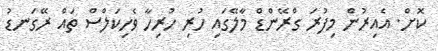
ކޮޮށް. އެއިރުން މިފުރަަ ގްރޭންޑް މާލޭގައި ހުރި ހުރިހާ ވެހިކަލްސް ތައް ރޭގަނޑު